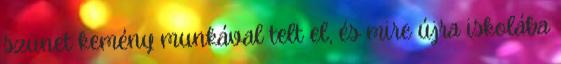
szünet kemény munkával telt el, és mire újra iskolába